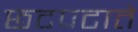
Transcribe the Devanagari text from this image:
छटपटाते